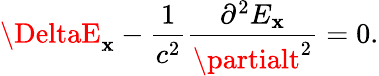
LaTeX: \DeltaE_{\mathbf{x}}-\frac{{1}}{{c^{2}}}\frac{{{\partial}^{2}E_{\mathbf{x}}}}{{{\partialt}^{2}}}=0.